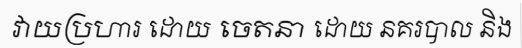
វាយប្រហារ ដោយ ចេតនា ដោយ នគរបាល និង